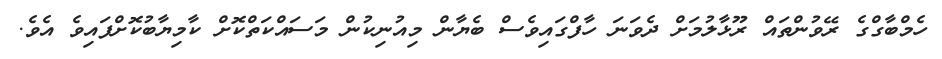
ހެމްބާގްގެ ރޭވުންތައް ރޫޅާލުމަށް ދެވަނަ ހާފްގައިވެސް ބެޔާން މިއުނިކުން މަސައްކަތްކޮށް ކާމިޔާބުކޮށްފައިވެ އެވެ.